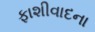
ફાશીવાદના